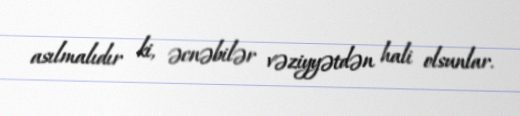
asılmalıdır ki, əcnəbilər vəziyyətdən hali olsunlar.